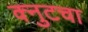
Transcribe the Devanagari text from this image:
क्नुटचा